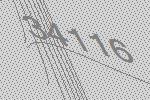
34116